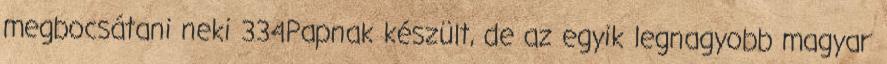
megbocsátani neki 334Papnak készült, de az egyik legnagyobb magyar